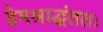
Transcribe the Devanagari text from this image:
हेमश्राद्धंततः